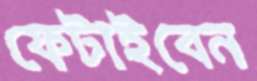
ফেটাইবেন